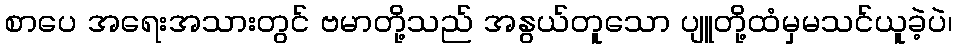
စာပေ အရေးအသားတွင် ဗမာတို့သည် အနွယ်တူသော ပျူတို့ထံမှမသင်ယူခဲ့ပဲ၊